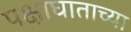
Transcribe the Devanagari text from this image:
पक्षाघाताच्या